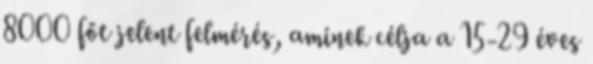
8000 főt jelent felmérés, aminek célja a 15-29 éves